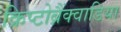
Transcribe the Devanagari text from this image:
क्रिप्टोब्रैंक्वाडिया